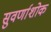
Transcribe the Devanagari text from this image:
सुवर्णाशोक